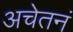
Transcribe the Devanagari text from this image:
अचेतनं